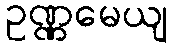
ဥဏ္ဏမေယျ